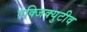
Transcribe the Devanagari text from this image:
एक्जिक्युटीव